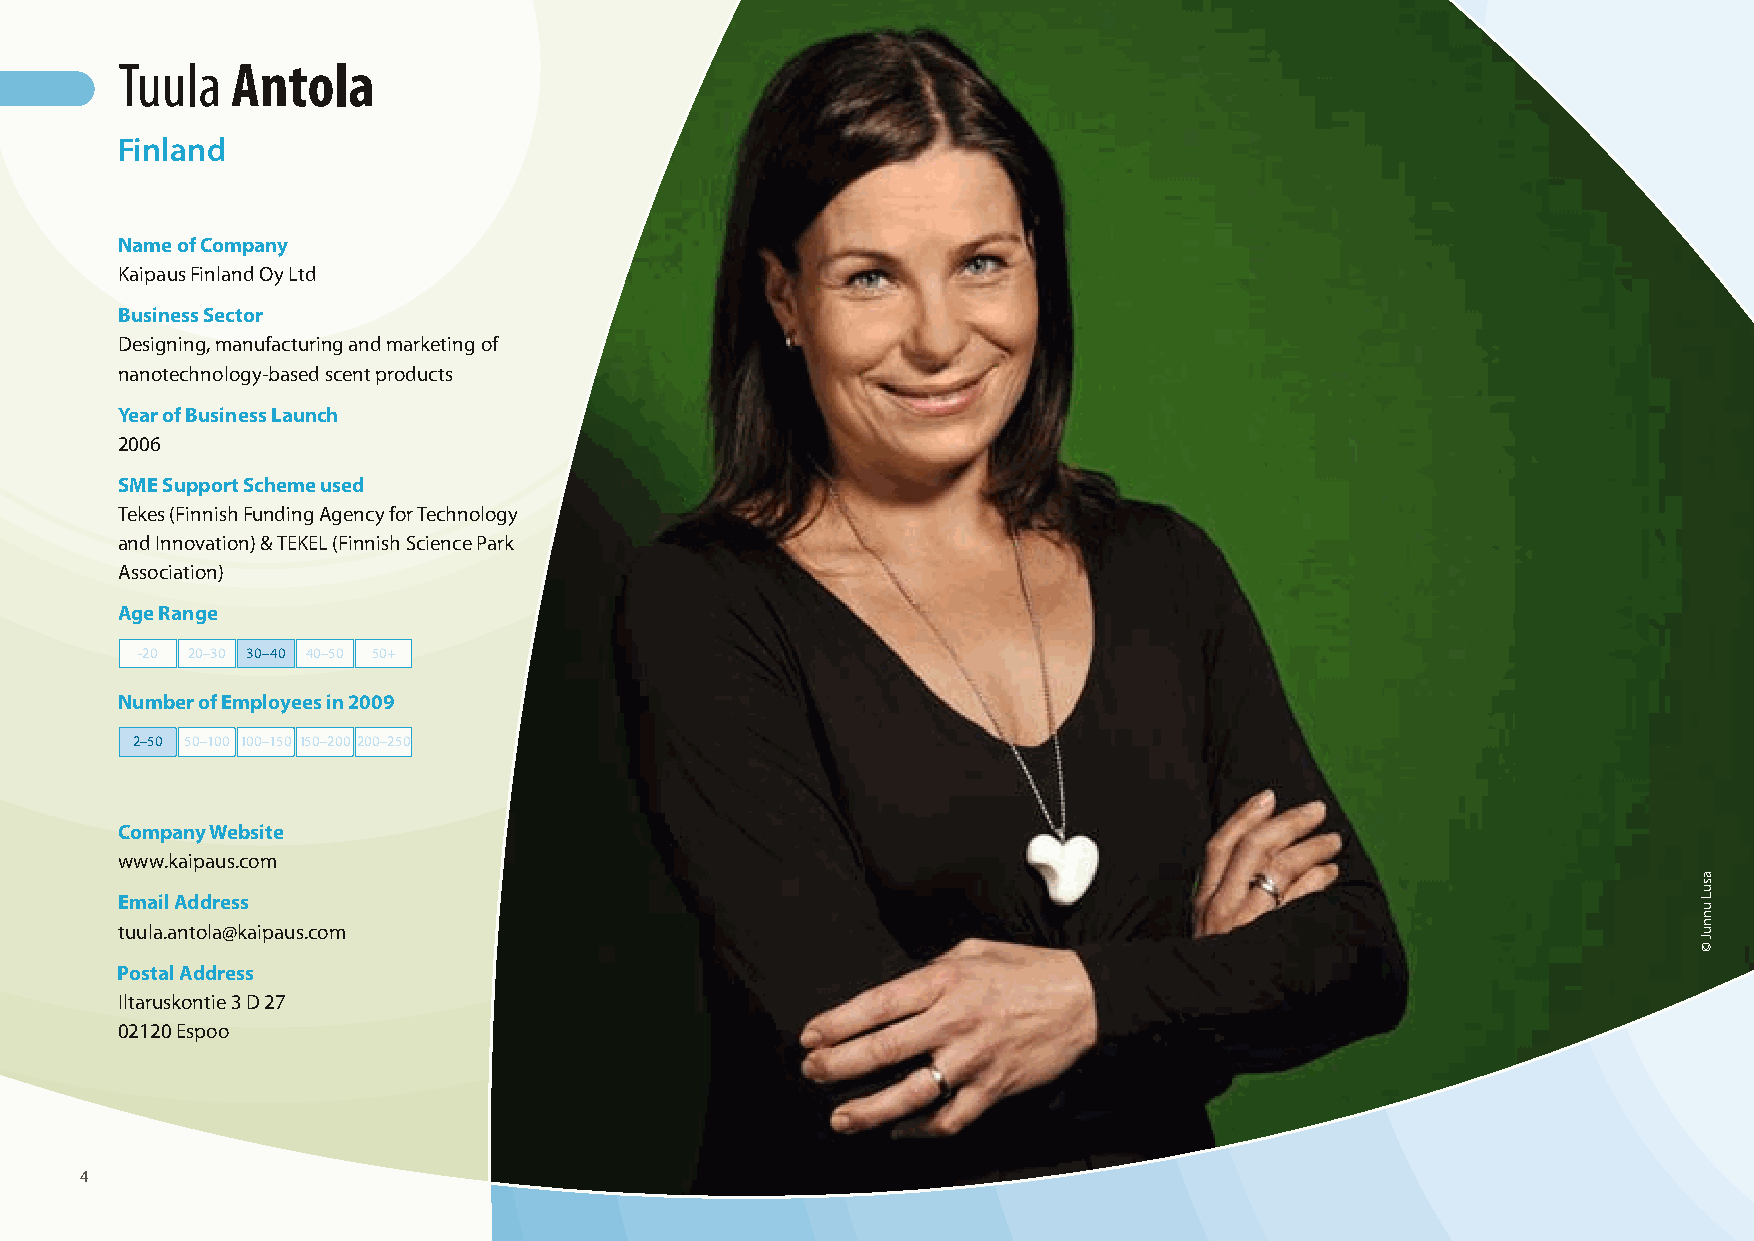
Tuula  Antola
 Finland
 Name of Company
 Kaipaus Finland Oy Ltd
 Business Sector
 Designing, manufacturing and marketing of
 nanotechnology-based scent products
 Year of Business Launch
 2006
 SME Support Scheme used
 Tekes (Finnish Funding Agency for Technology
 and Innovation) & TEKEL (Finnish Science Park
 Association)
 Age Range
 -20 20–30 30–40 40–50 50+
 Number of Employees in 2009
 2–50 50–100 100–150 150–200 200–250
 Company Website
 www.kaipaus.com
 Email Address
 tuula.antola@kaipaus.com
 Postal Address
 Iltaruskontie 3 D 27
 02120 Espoo
 4
 100503_SMEweek_broch_A4quer_hw.indd 4                                                                    03.05.2010 16:52:20 Uhr
 asuL
 unnuJ
 ©